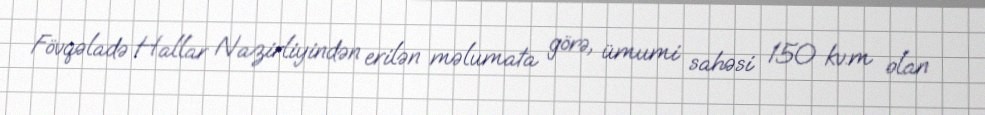
Fövqəladə Hallar Nazirliyindən erilən məlumata görə, ümumi sahəsi 150 kv.m olan